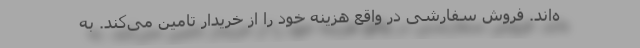
ه‌اند. فروش سفارشی در واقع هزینه خود را از خریدار تامین می‌کند. به